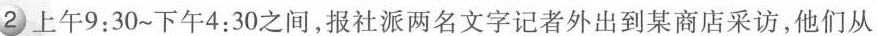
2 上午9:30~下午4:30之间，报社派两名文字记者外出到某商店采访，他们从